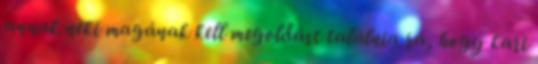
annak neki magának kell megoldást találnia rá, hogy kari